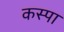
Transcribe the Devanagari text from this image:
कस्पा